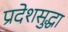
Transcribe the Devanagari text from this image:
प्रदेशसुद्धा